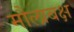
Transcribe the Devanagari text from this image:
मौलाबक्ष